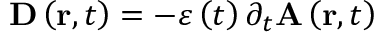
\mathbf { D } \left( \mathbf { r } , t \right) = - \varepsilon \left( t \right) \partial _ { t } \mathbf { A } \left( \mathbf { r } , t \right)